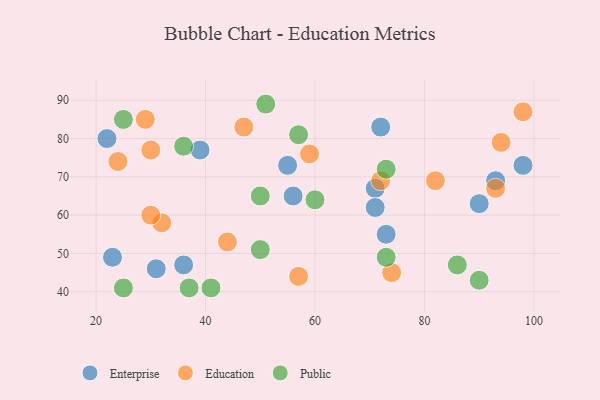
{"axis": {"x": "GDP", "y": "Life Expectancy"}, "legend": ["Education", "Enterprise", "Public"], "data": [{"x": "72", "y": 83, "type": "Enterprise"}, {"x": "31", "y": 46, "type": "Enterprise"}, {"x": "22", "y": 80, "type": "Enterprise"}, {"x": "39", "y": 77, "type": "Enterprise"}, {"x": "55", "y": 73, "type": "Enterprise"}, {"x": "98", "y": 73, "type": "Enterprise"}, {"x": "71", "y": 67, "type": "Enterprise"}, {"x": "56", "y": 65, "type": "Enterprise"}, {"x": "90", "y": 63, "type": "Enterprise"}, {"x": "36", "y": 47, "type": "Enterprise"}, {"x": "93", "y": 69, "type": "Enterprise"}, {"x": "71", "y": 62, "type": "Enterprise"}, {"x": "23", "y": 49, "type": "Enterprise"}, {"x": "73", "y": 55, "type": "Enterprise"}, {"x": "32", "y": 58, "type": "Education"}, {"x": "94", "y": 79, "type": "Education"}, {"x": "44", "y": 53, "type": "Education"}, {"x": "82", "y": 69, "type": "Education"}, {"x": "57", "y": 44, "type": "Education"}, {"x": "59", "y": 76, "type": "Education"}, {"x": "30", "y": 77, "type": "Education"}, {"x": "93", "y": 67, "type": "Education"}, {"x": "30", "y": 60, "type": "Education"}, {"x": "24", "y": 74, "type": "Education"}, {"x": "74", "y": 45, "type": "Education"}, {"x": "29", "y": 85, "type": "Education"}, {"x": "98", "y": 87, "type": "Education"}, {"x": "72", "y": 69, "type": "Education"}, {"x": "47", "y": 83, "type": "Education"}, {"x": "25", "y": 41, "type": "Public"}, {"x": "25", "y": 85, "type": "Public"}, {"x": "73", "y": 72, "type": "Public"}, {"x": "60", "y": 64, "type": "Public"}, {"x": "41", "y": 41, "type": "Public"}, {"x": "36", "y": 78, "type": "Public"}, {"x": "86", "y": 47, "type": "Public"}, {"x": "50", "y": 51, "type": "Public"}, {"x": "73", "y": 49, "type": "Public"}, {"x": "37", "y": 41, "type": "Public"}, {"x": "57", "y": 81, "type": "Public"}, {"x": "90", "y": 43, "type": "Public"}, {"x": "51", "y": 89, "type": "Public"}, {"x": "50", "y": 65, "type": "Public"}]}